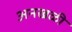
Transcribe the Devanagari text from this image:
अनखळी